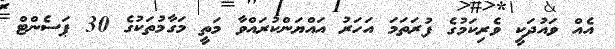
އެއް ވައުދަކީ ވެރިކަމުގެ ފުރަތަމަ އަހަރު އައްޔަންކުރައްވާ މަތީ މަގާމުތަކުގެ 30 ޕަސެންޓް